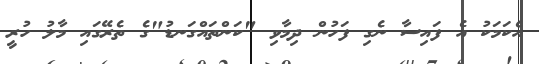
އެކަމަކު އެ ފައިސާ ނެގި ފަހުން ދިމާވި "ކަންތައްގަނޑު"ގެ ތެރޭގައި މާލު ހުރީ